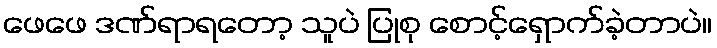
ဖေဖေ ဒဏ်ရာရတော့ သူပဲ ပြုစု စောင့်ရှောက်ခဲ့တာပဲ။